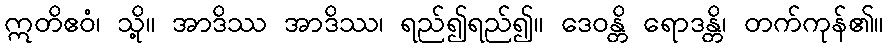
ဣတိဧဝံ၊ သို့။ အာဒိဿ အာဒိဿ၊ ရည်၍ရည်၍။ ဒေဝန္တိ ရောဒန္တိ၊ တက်ကုန်၏။